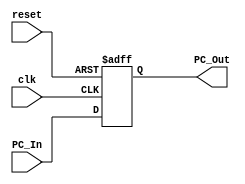
`timescale 1ns / 1ps

module Program_Counter
(
input clk,reset,
input [63:0] PC_In,
output reg [63:0] PC_Out
);
initial
PC_Out=64'd0;
always @ (posedge clk or posedge reset)
begin
if (reset)
PC_Out=64'd0;
else
PC_Out=PC_In;
end
endmodule